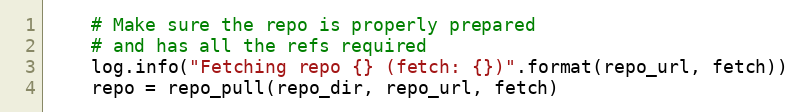
Language: Python
    # Make sure the repo is properly prepared
    # and has all the refs required
    log.info("Fetching repo {} (fetch: {})".format(repo_url, fetch))
    repo = repo_pull(repo_dir, repo_url, fetch)